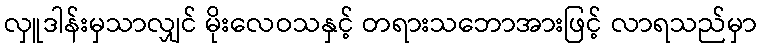
လှူဒါန်းမှသာလျှင် မိုးလေဝသနှင့် တရားသဘောအားဖြင့် လာရသည်မှာ